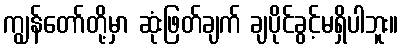
ကျွန်တော်တို့မှာ ဆုံးဖြတ်ချက် ချပိုင်ခွင့်မရှိပါဘူး။